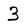
Character: 3